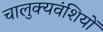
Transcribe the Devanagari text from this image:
चालुक्यवंशियों